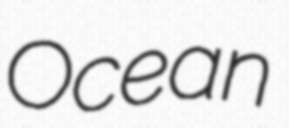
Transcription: Ocean